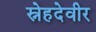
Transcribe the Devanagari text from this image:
स्नेहदेवीर